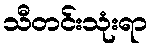
သီတင်းသုံးရာ